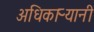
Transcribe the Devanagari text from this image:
अधिकाऱ्यानी